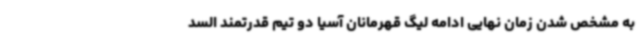
به مشخص شدن زمان نهایی ادامه لیگ قهرمانان آسیا دو تیم قدرتمند السد